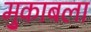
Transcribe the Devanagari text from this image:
मु्काबला